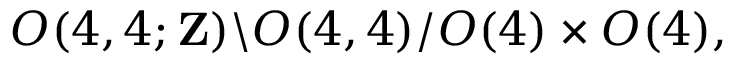
O ( 4 , 4 ; { \bf Z } ) \backslash O ( 4 , 4 ) / O ( 4 ) \times O ( 4 ) ,